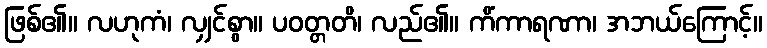
ဖြစ်၏။ လဟုကံ၊ လျှင်စွာ။ ပဝတ္တတိ၊ လည်၏။ ကိံကာရဏာ၊ အဘယ်ကြောင့်။